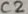
Text: C2